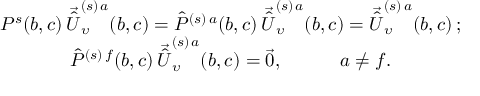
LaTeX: \begin{array} { c } { { P ^ { s } ( b , c ) \, \vec { \hat { U } } _ { \upsilon } ^ { ( s ) \, a } ( b , c ) = \hat { P } ^ { ( s ) \, a } ( b , c ) \, \vec { \hat { U } } _ { \upsilon } ^ { ( s ) \, a } ( b , c ) = \vec { \hat { U } } _ { \upsilon } ^ { ( s ) \, a } ( b , c ) \, ; } } \\ { { \hat { P } ^ { ( s ) \, f } ( b , c ) \, \vec { \hat { U } } _ { \upsilon } ^ { ( s ) \, a } ( b , c ) = \vec { 0 } , \qquad \quad a \neq f . } } \end{array}